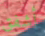
أشفق